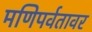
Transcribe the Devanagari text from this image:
मणिपर्वतावर